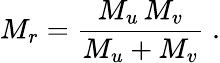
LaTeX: M_{r}=\frac{M_{u}\, M_{v}}{M_{u}+M_{v}}\; .